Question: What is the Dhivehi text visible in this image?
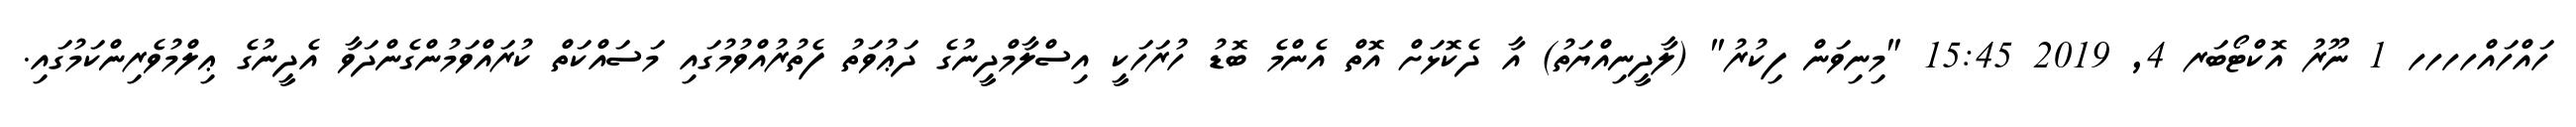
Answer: ހައްހައްހހހހ 1 ނޫރު އޮކްޓޯބަރ 4, 2019 15:45 "މިނިވަން ފިކުރު" (ލާދީނިއްޔަތު) އާ ދެކޮޅަށް އޮތް އެންމެ ބޮޑު ހުރަހަކީ އިސްލާމްދީނުގެ ދަޢުވަތު ފެތުރުއްވުމުގައި މަސައްކަތް ކުރައްވަމުންގެންދަވާ އެދީނުގެ ޢިލްމުވެރިންކަމުގައި.